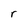
Character: r